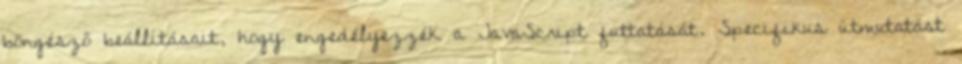
böngésző beállításait, hogy engedélyezzék a JavaScript futtatását. Specifikus útmutatást